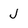
Character: j